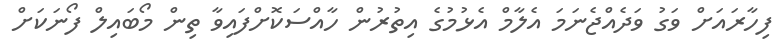
ފިހާރައަށް ވަގު ވަދެއްޖެނަމަ އެލާމް އެޅުމުގެ އިތުރުން ހާއްސަކޮށްފައިވާ ތިން މޯބައިލް ފޯނަކަށް